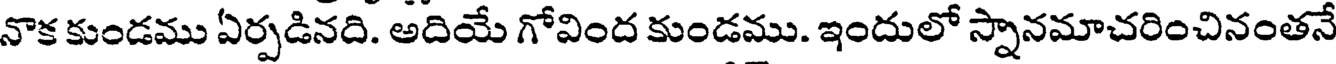
నాక కుండము ఏర్పడినది. అదియే గోవింద కుండము. ఇందులో స్నానమాచరించినంతనే